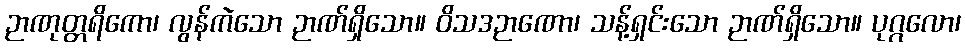
ဉာဏုတ္တရိကော၊ လွန်ကဲသော ဉာဏ်ရှိသော။ ဝိသဒဉာဏော၊ သန့်ရှင်းသော ဉာဏ်ရှိသော။ ပုဂ္ဂလော၊